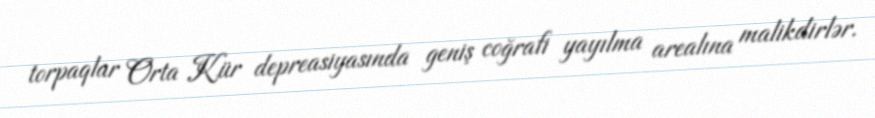
torpaqlar Orta Kür depreasiyasında geniş coğrafi yayılma arealına malikdirlər.